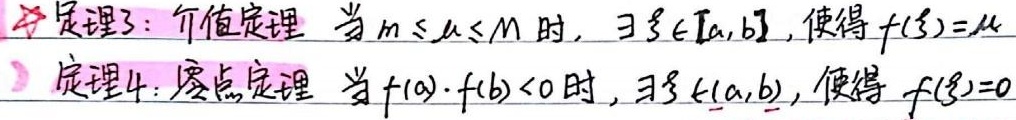
定理3：介值定理
当\(m\leq\mu\leq M\)时，\(\exists\xi\in[a,b]\)，使得\(f(\xi)=\mu\)。

定理4：零点定理
当\(f(a)\cdot f(b)<0\)时，\(\exists\xi\in(a,b)\)，使得\(f(\xi)=0\)。